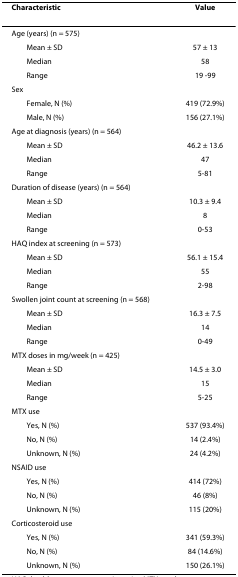
<table><thead><tr><td><b>Characteristic</b></td><td><b>Value</b></td></tr></thead><tbody><tr><td>Age (years) (n = 575)</td><td></td></tr><tr><td> Mean ± SD</td><td>57 ± 13</td></tr><tr><td> Median</td><td>58</td></tr><tr><td> Range</td><td>19 -99</td></tr><tr><td>Sex</td><td></td></tr><tr><td> Female, N (%)</td><td>419 (72.9%)</td></tr><tr><td> Male, N (%)</td><td>156 (27.1%)</td></tr><tr><td>Age at diagnosis (years) (n = 564)</td><td></td></tr><tr><td> Mean ± SD</td><td>46.2 ± 13.6</td></tr><tr><td> Median</td><td>47</td></tr><tr><td> Range</td><td>5-81</td></tr><tr><td>Duration of disease (years) (n = 564)</td><td></td></tr><tr><td> Mean ± SD</td><td>10.3 ± 9.4</td></tr><tr><td> Median</td><td>8</td></tr><tr><td> Range</td><td>0-53</td></tr><tr><td>HAQ index at screening (n = 573)</td><td></td></tr><tr><td> Mean ± SD</td><td>56.1 ± 15.4</td></tr><tr><td> Median</td><td>55</td></tr><tr><td> Range</td><td>2-98</td></tr><tr><td>Swollen joint count at screening (n = 568)</td><td></td></tr><tr><td> Mean ± SD</td><td>16.3 ± 7.5</td></tr><tr><td> Median</td><td>14</td></tr><tr><td> Range</td><td>0-49</td></tr><tr><td>MTX doses in mg/week (n = 425)</td><td></td></tr><tr><td> Mean ± SD</td><td>14.5 ± 3.0</td></tr><tr><td> Median</td><td>15</td></tr><tr><td> Range</td><td>5-25</td></tr><tr><td>MTX use</td><td></td></tr><tr><td> Yes, N (%)</td><td>537 (93.4%)</td></tr><tr><td> No, N (%)</td><td>14 (2.4%)</td></tr><tr><td> Unknown, N (%)</td><td>24 (4.2%)</td></tr><tr><td>NSAID use</td><td></td></tr><tr><td> Yes, N (%)</td><td>414 (72%)</td></tr><tr><td> No, N (%)</td><td>46 (8%)</td></tr><tr><td> Unknown, N (%)</td><td>115 (20%)</td></tr><tr><td>Corticosteroid use</td><td></td></tr><tr><td> Yes, N (%)</td><td>341 (59.3%)</td></tr><tr><td> No, N (%)</td><td>84 (14.6%)</td></tr><tr><td> Unknown, N (%)</td><td>150 (26.1%)</td></tr></tbody></table>